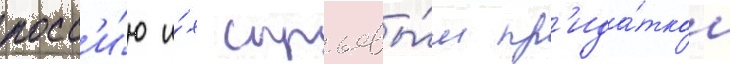
росс'и́ю и́х сырьевы́м пр'ида́тком